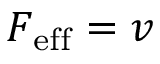
F _ { \mathrm { e f f } } = v